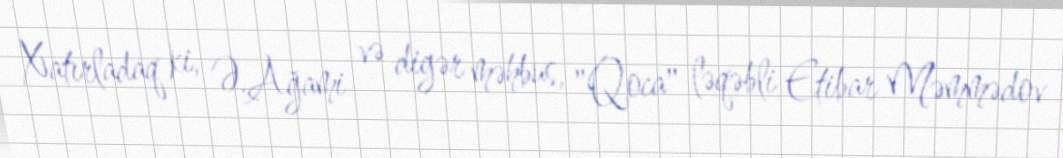
Xatırladaq ki, Ə.Ağami və digər məhbus, "Qoca" ləqəbli Etibar Məmmədov